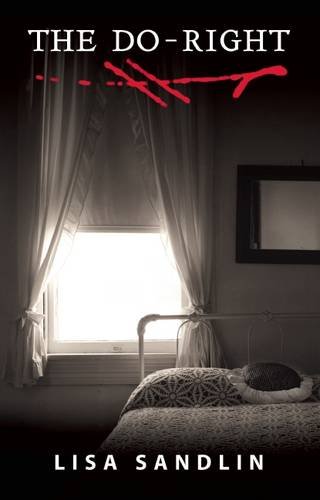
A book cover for The Do-Right; Lisa Sandlin; Mystery, Thriller & Suspense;